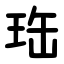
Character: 珤